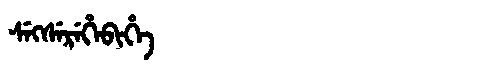
Manchu: ᠰᡝᡴᠰᡝᡵᡝᡥᡝᠪᡳᡥᡝ
Romanization: SEKSEREHEBIHE